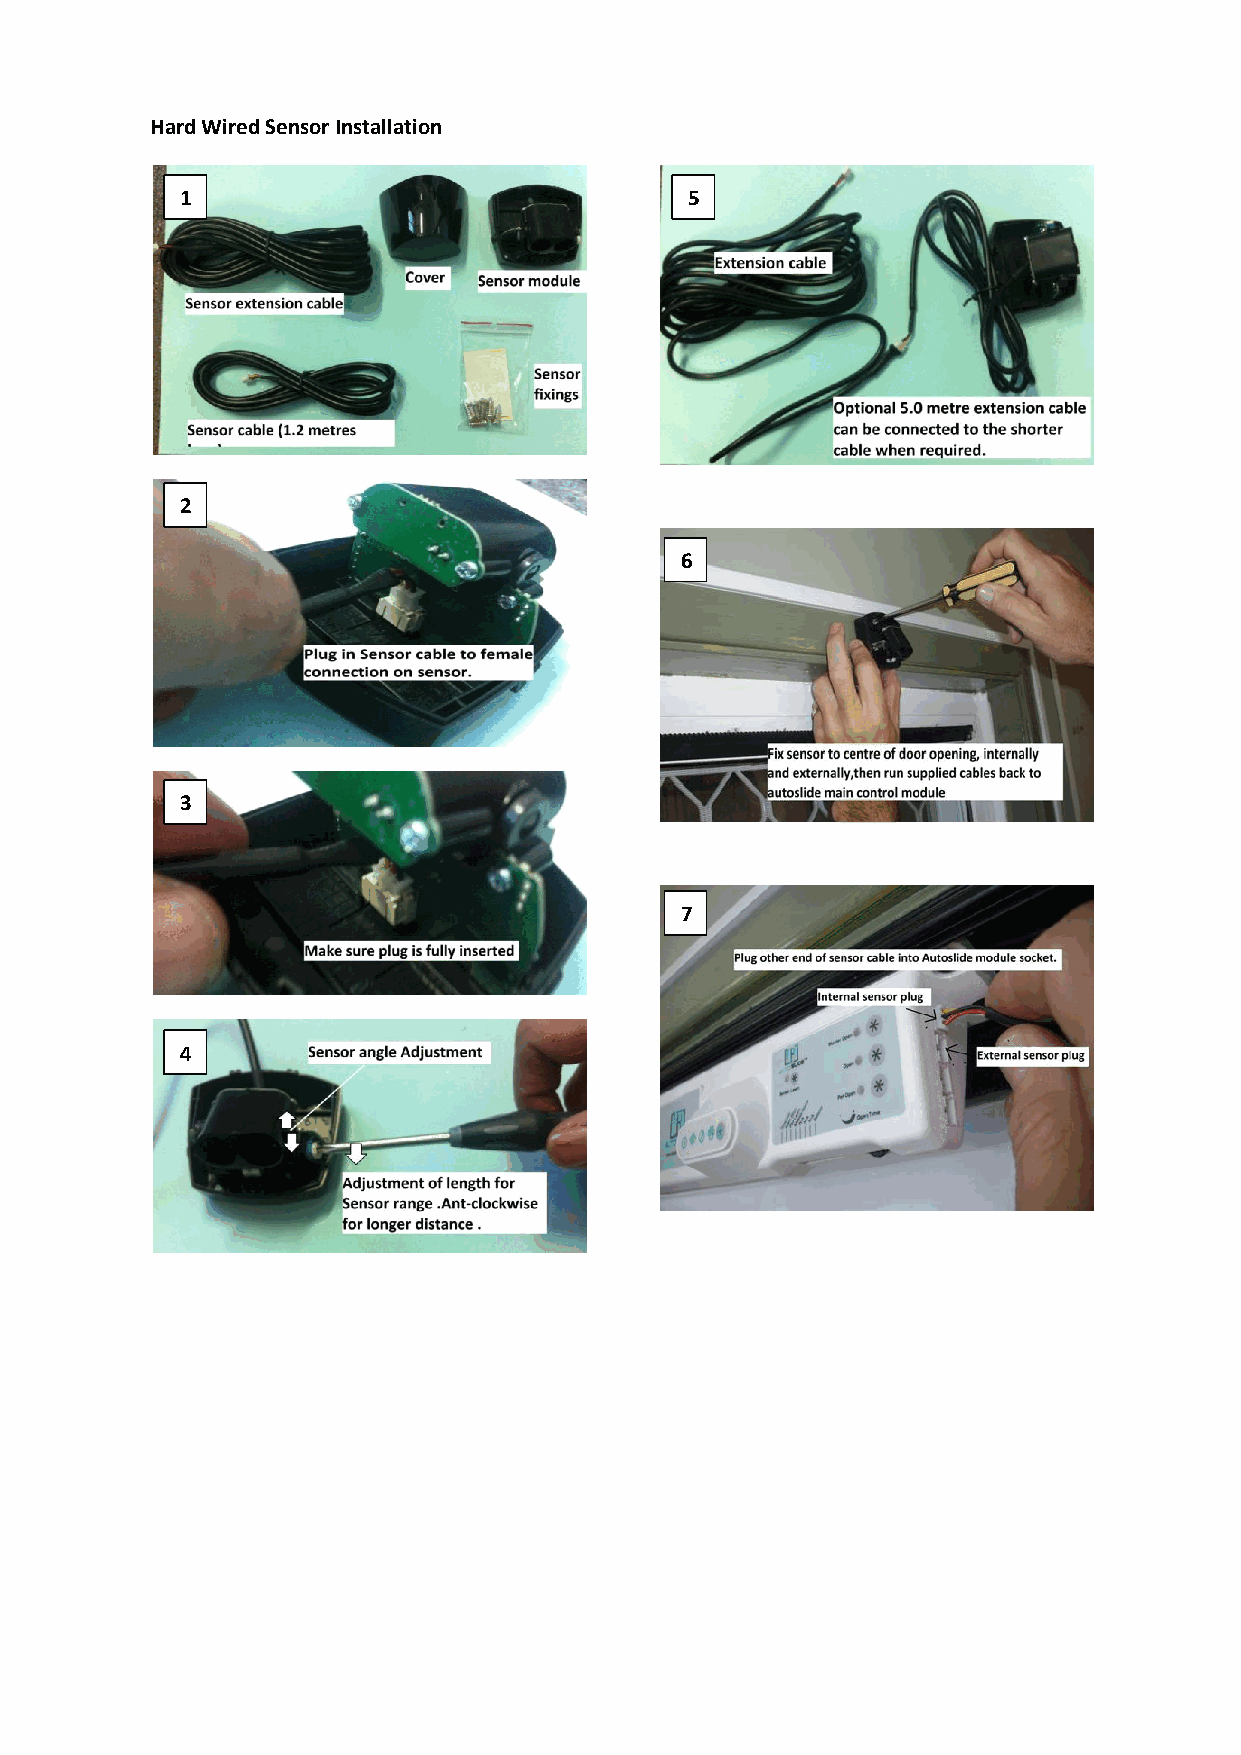
Hard Wired Sensor Installation
 1                                 5
 2
 6
 3
 7
 4